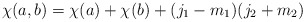
\begin{align*}\chi(a,b)=\chi(a)+\chi(b)+(j_{1}-m_{1}) (j_{2}+m_{2})\end{align*}